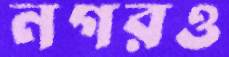
নগরও